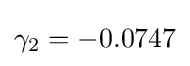
\gamma _{2}=-0.0747